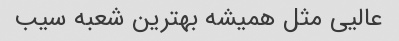
عالیی مثل همیشه بهترین شعبه سیب